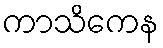
ကာသိကေန